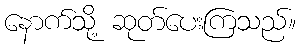
နောက်သို့ ဆုတ်ပေးကြသည်။